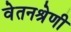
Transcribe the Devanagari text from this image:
वेतनश्रेणी